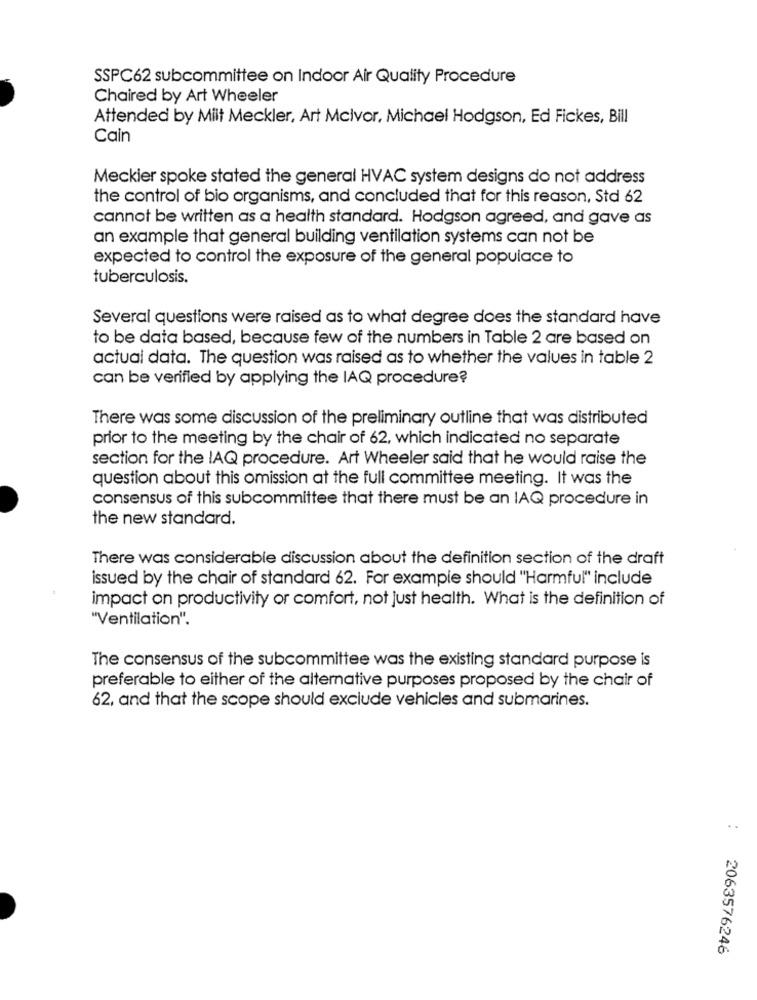
SSPC62 subcommittee on Indoor Air Quality Procedure
Chaired by Art Wheeler
Attended by Milt Meckler, Art Mclvor, Michael Hodgson, Ed Fickes, Bill
Cain
Meckier spoke stated the general HVAC system designs do not address
the control of bio organisms, and concluded that for this reason, Std 62
cannot be written as a health standard. Hodgson agreed, and gave as
an example that general building ventilation systems can not be
expected to control the exposure of the general populace to
tuberculosis.
Several questions were raised as to what degree does the standard have
to be data based, because few of the numbers in Table 2 are based on
actual data. The question was raised as to whether the values in table 2
can be verified by applying the IAQ procedure?
There was some discussion of the preliminary outline that was distributed
prior to the meeting by the chair of 62, which indicated no separate
section for the IAQ procedure. Art Wheeler said that he would raise the
question about this omission at the full committee meeting. It was the
consensus of this subcommittee that there must be an IAQ procedure in
the new standard.
There was considerable discussion about the definition section of the draft
issued by the chair of standard 62. For example should "Harmful" include
impact on productivity or comfort, not just health. What is the definition of
"Ventilation".
The consensus of the subcommittee was the existing standard purpose is
preferable to either of the alternative purposes proposed by the chair of
62, and that the scope should exclude vehicles and submarines.
2063576246